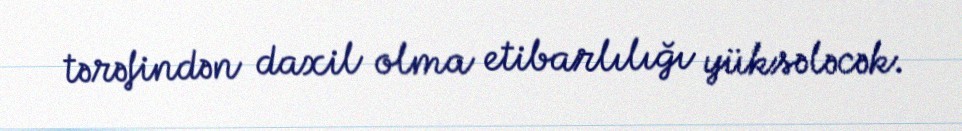
tərəfindən daxil olma etibarlılığı yüksələcək.